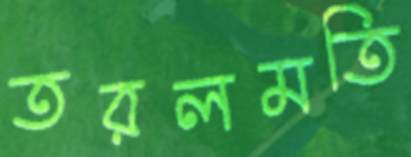
তরলমতি